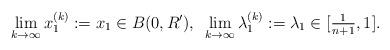
LaTeX: \begin{align*}\lim_{k\to\infty}x_{1}^{(k)}:=x_1\in B(0, R'), \,\,\, \lim_{k\to\infty}\lambda_{1}^{(k)}:=\lambda_1\in [\tfrac{1}{n+1}, 1].\end{align*}